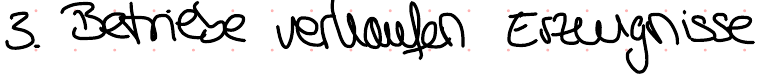
3. Betriebe verkaufen Erzeugnisse